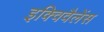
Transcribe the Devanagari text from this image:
इक्विवैलेंस